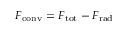
F _ { \mathrm { c o n v } } = F _ { \mathrm { t o t } } - F _ { \mathrm { r a d } }